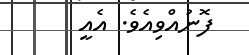
ފޮނުއްވިއެވެ. އެއީ